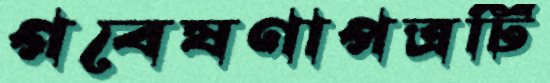
গবেষণাপত্রটি